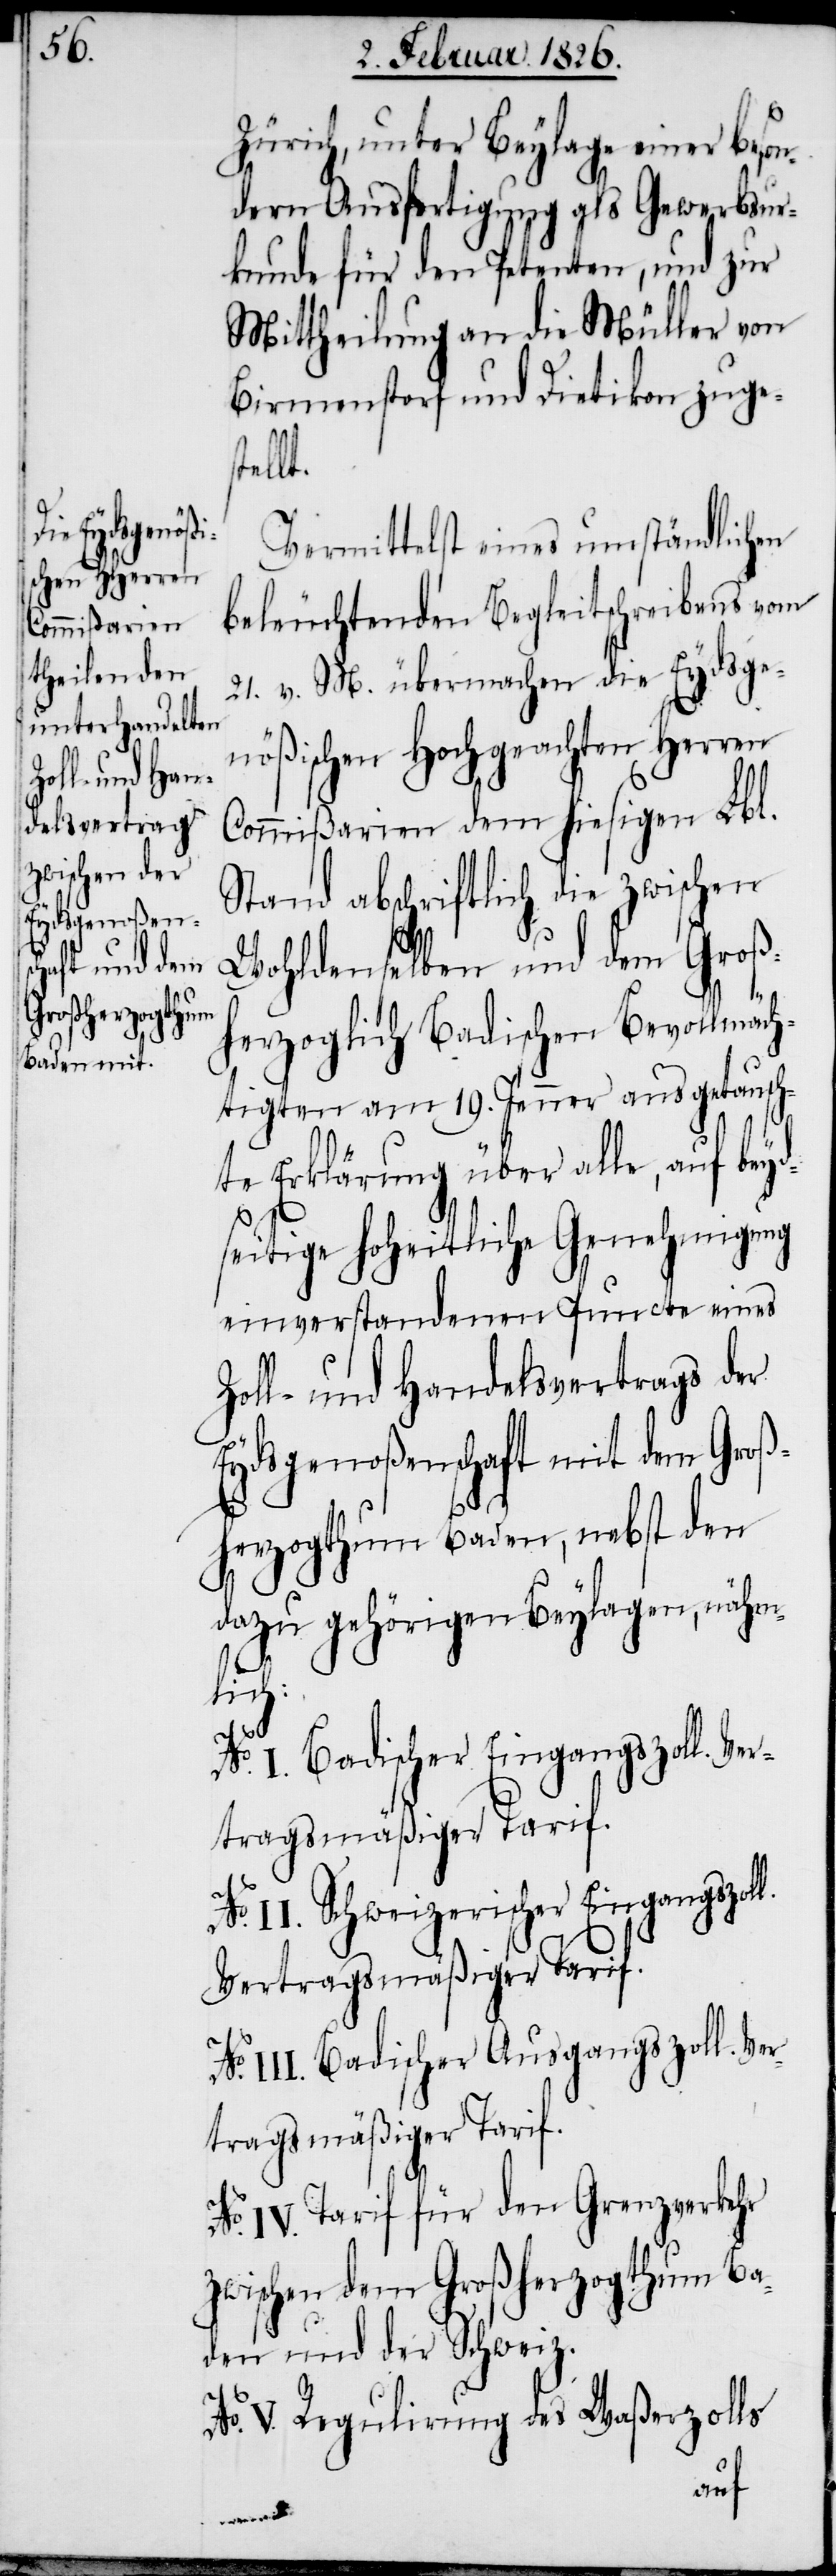
Zürich, unter Beylage einer beson¬
dern Ausfertigung als Gewerbsur¬
kunde für den Petenten, und zur
Mittheilung an die Müller von
Birmenstorf und Dietikon zuges¬
tell¬
Vermittelst eines umständlichen
beleuchtenden Begleitschreibens vom
21. v. M. übermachen die Eydsge¬
nößischen Hochgeachten Herren
Commißarien dem hiesigen Lbl.
Stand abschriftlich die zwischen
Wohldenselben und dem Groß¬
herzoglich Badischen Bevollmäch¬
tigten am 19. Jenner ausgetausch¬
te Erklärung über alle, auf beyd¬
seitige hoheitliche Genehmigung
einverstandenen Puncte eines
Zoll- und Handelsvertrags der
Eydsgenoßenschaft mit dem Groß¬
herzogthum Baden, nebst den
dazu gehörigen Beylagen, nähm¬
lich:
No. I. Badischer Eingangszoll. Ver¬
tragsmäßiger Tarif.
II. Schweizerischer Eingangszoll.
Vertragsmäßiger Tarif.
III. Badischer Ausgangszoll. Ve¬
rtragsmäßiger Tarif.
No. IV. Tarif für den Grenzverkehr
zwischen dem Großherzogthum Ba¬
den und der Schweiz.
No. V. Regulirung des Waßerzolls
t.